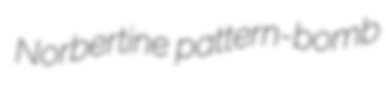
Norbertine pattern-bomb